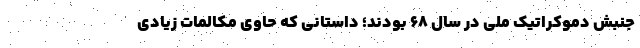
جنبش دموکراتیک ملی در سال ۶۸ بودند؛ داستانی که حاوی مکالمات زیادی